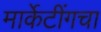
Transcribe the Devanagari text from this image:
मार्केटींगचा